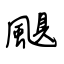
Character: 颶